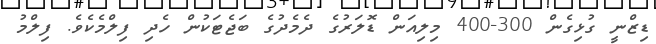
ޑިޒްނީ ގުޅިގެން 300-400 މިލިއަން ޑޮލަރުގެ ދެމެދުގެ ބަޖެޓަކުން ހެދި ފިލްމެކެވެ. ފިލްމު